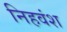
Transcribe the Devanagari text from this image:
निहवंश